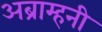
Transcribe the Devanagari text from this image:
अब्राम्हनी